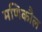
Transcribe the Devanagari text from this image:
मणिकौल